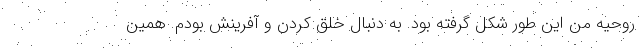
روحیه من این طور شکل گرفته بود. به دنبال خلق کردن و آفرینش بودم. همین